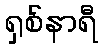
ရှစ်နာရီ